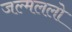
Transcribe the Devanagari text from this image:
जल्मललो